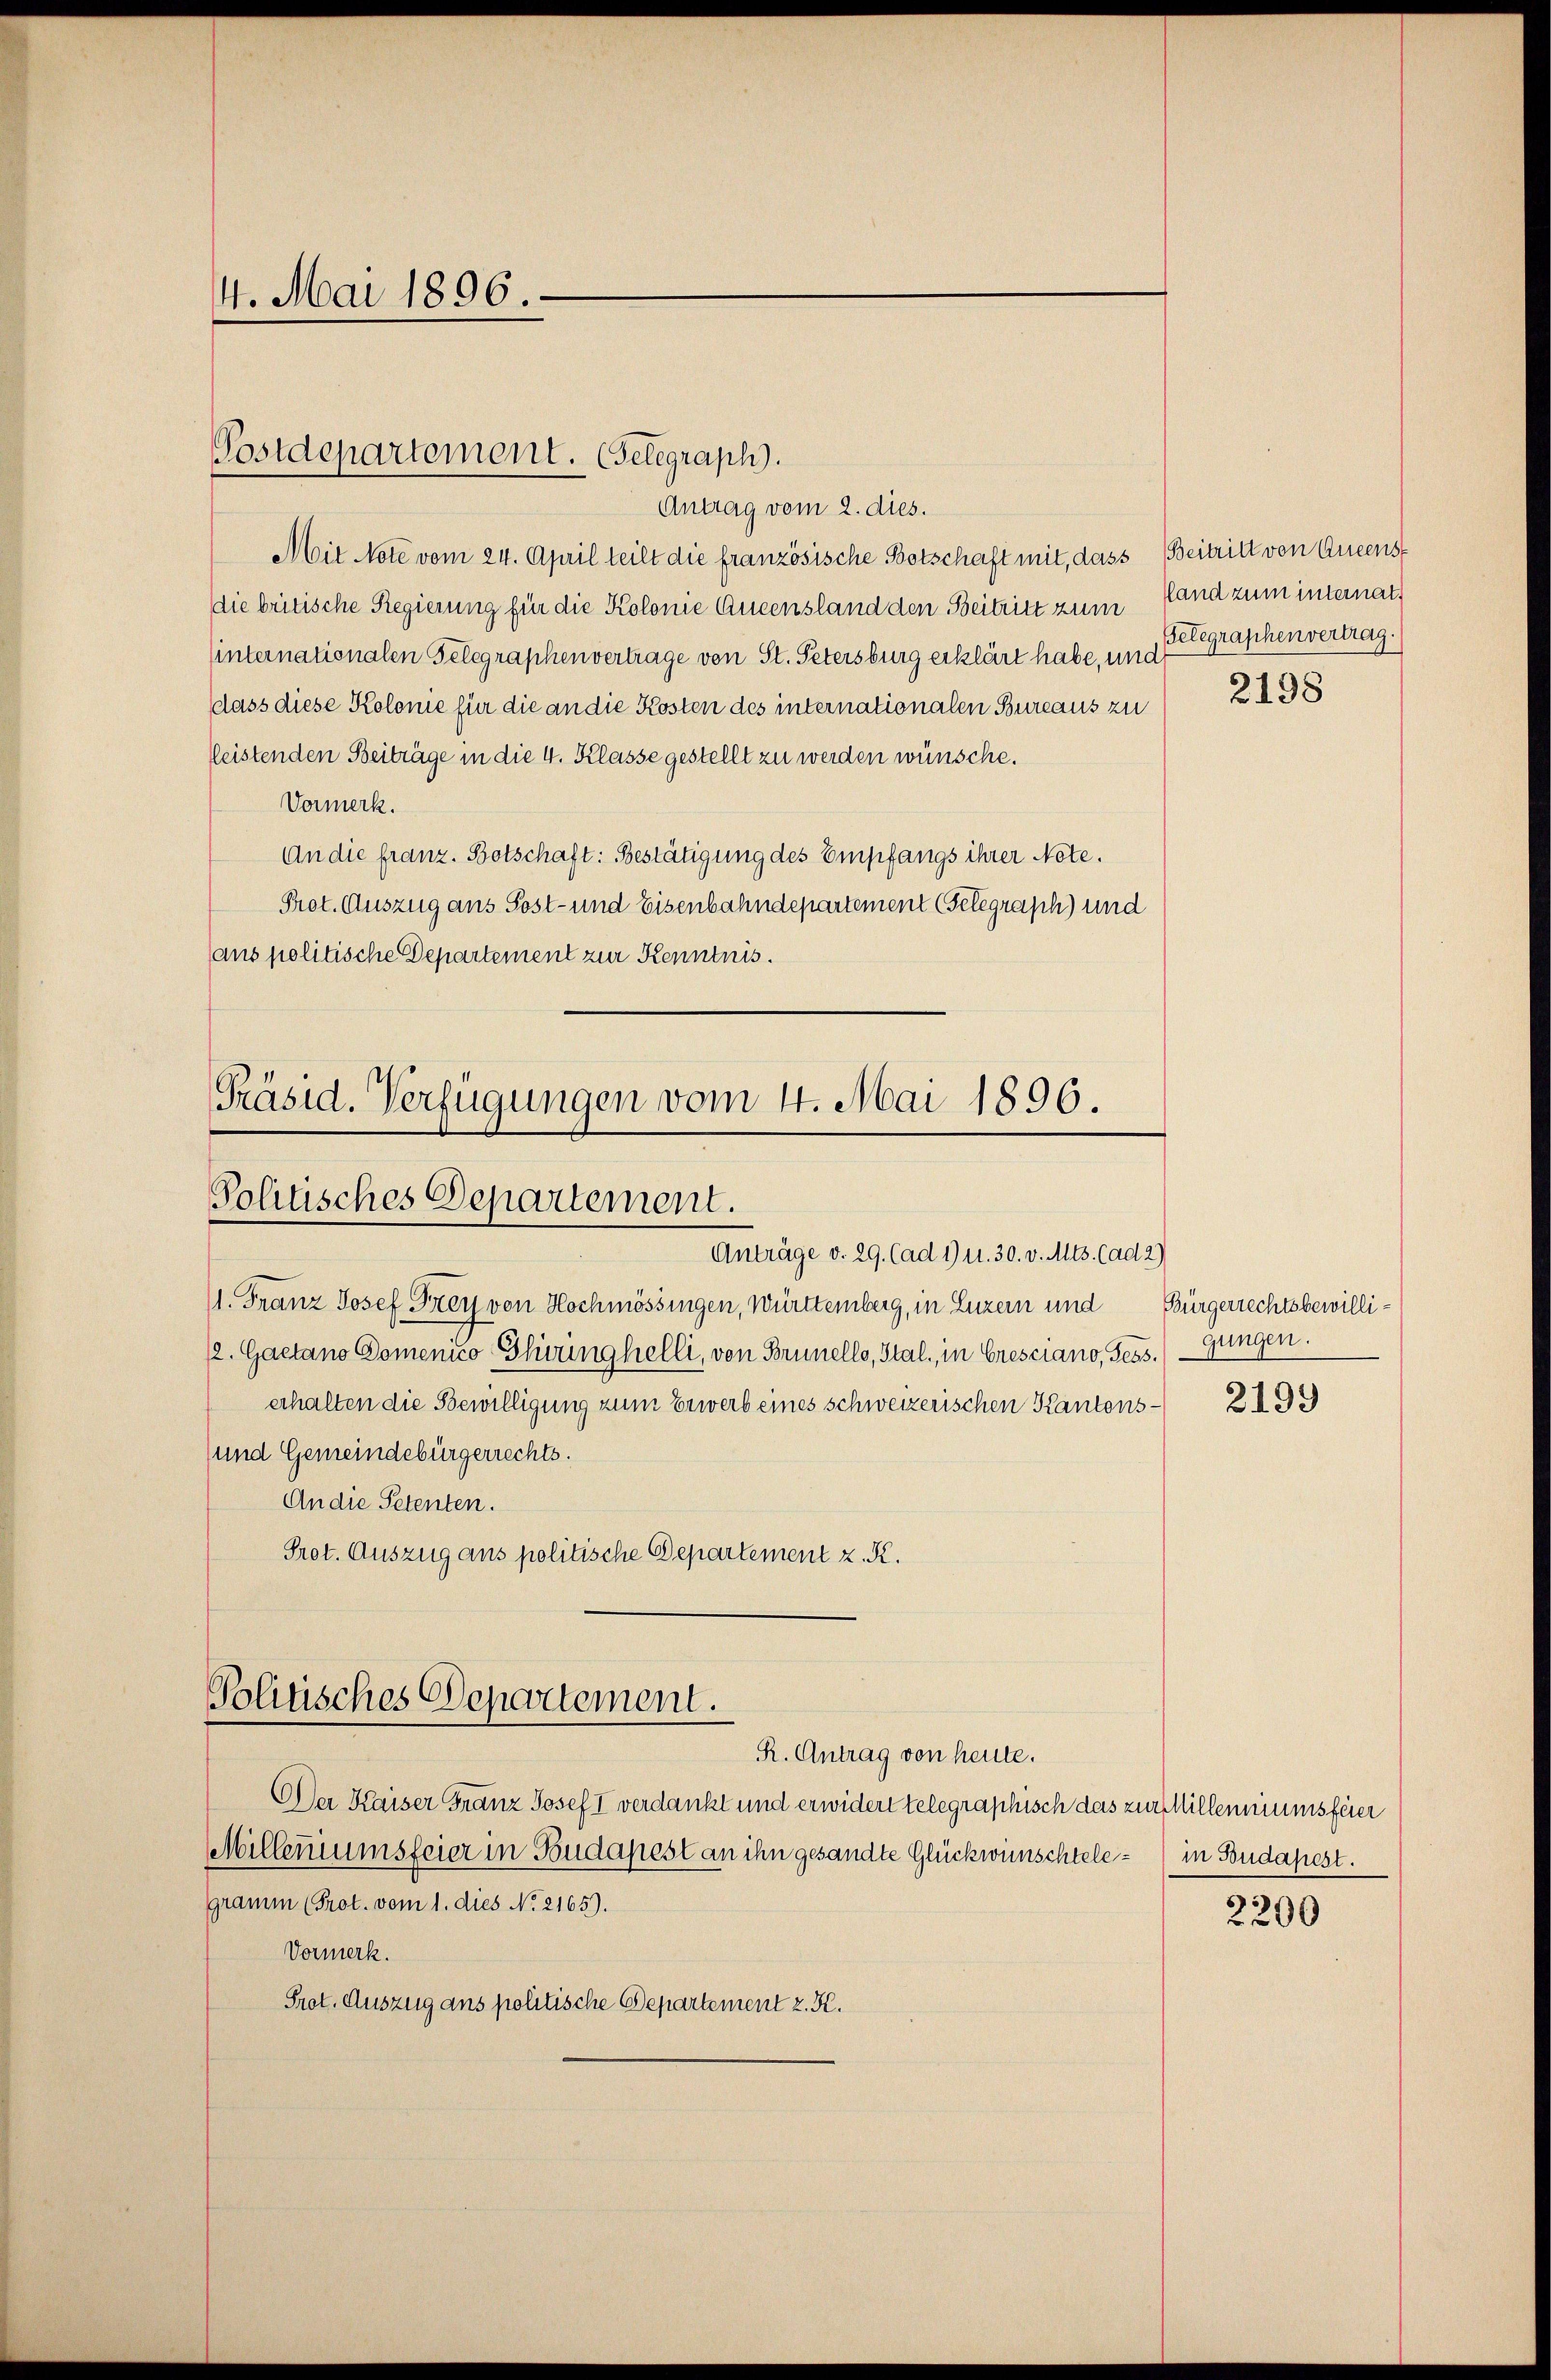
14. Mai 1896.

Postdepartement. Gelegraph.

Präsid. Verfügungen vom 4. Mai 1896.
Politisches Departement.
Anträge v. 29. (ad 1) u. 30. v. Mts. (ad 2)

Antrag vom 2. dies.
Mit Note vom 24. April teilt die französische Botschaft mit, dass Beitritt von Queenst
die britische Regierung für die Kolonie Queensland den Beitritt zum
sinternationalen Gelegraphenvertrage von St. Petersburg erklärt habe, und
dass diese Kolonie für die an die Kosten des internationalen Bureaus zu
leistenden Beiträge in die 4. Klasse gestellt zu werden wünsche.
Vormerk.
An die franz. Botschaft: Bestätigung des Empfangs ihrer Note.
Prot. Auszug aus Sost- und Eisenbahndepartement (Telegraph) und
ans politische Departement zur Kenntnis.

11. Franz Josef Frey von Hochmössingen, Württemberg, in Luzern und Bürgerrechtsbewilli¬
/. Gaetano Domenico Ghiringhelli, von Brunello, Stal., in Cresciano, Sess.
erhalten die Bewilligung zum Erwerb eines schweizerischen Kantons¬
und Gemeindebürgerrechts.
An die Petenten.
Prot. Auszug aus politische Departement z. K.

Politisches Departement.
R. Antrag von heute.

Der Kaiser Franz Josef I verdankt und erwidert telegraphisch das zur Millenniumsfeier
Milleniumsfeier in Budapest an ihn gesandte Glückwünschtelegramm (Prot. vom 1. dies No. 2165).
Vormerk.
Prot. Auszug ans politische Departement z. K.

land zum internat.
Gelegraphenvertrag.

2198

gungen.

2199

in Budapest.

2200